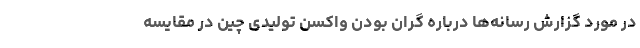
در مورد گزارش رسانه‌ها درباره گران بودن واکسن تولیدی چین در مقایسه